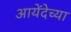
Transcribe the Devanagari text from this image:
आयेंदेच्या